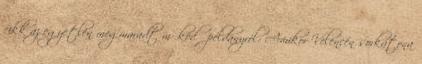
cikk az egyetlen megmaradt működő példányról: Amikor Velencén sorkatona